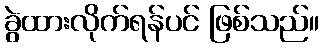
ခွဲထားလိုက်ရန်ပင် ဖြစ်သည်။